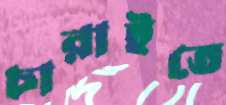
চারাইতে